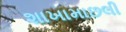
શાખામાછલી